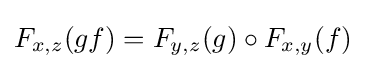
F_{x,z}(gf)=F_{y,z}(g)\circ F_{x,y}(f)